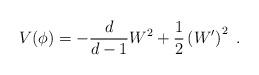
LaTeX: \begin{align*} V(\phi) = -\frac{d}{d-1} W^2 +\frac12 \left(W'\right)^2~.\end{align*}